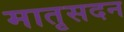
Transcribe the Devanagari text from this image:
मातृसदन